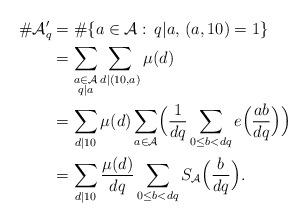
LaTeX: \begin{align*}\#\mathcal{A}'_q&=\#\{a\in\mathcal{A}:\,q|a,\,(a,10)=1\}\\&=\sum_{\substack{a\in\mathcal{A}\\ q|a}}\sum_{d|(10,a)}\mu(d)\\&=\sum_{d|10}\mu(d)\sum_{a\in\mathcal{A}}\Bigl(\frac{1}{d q}\sum_{0\le b<d q}e\Bigl(\frac{a b}{d q}\Bigr)\Bigr)\\&=\sum_{d|10}\frac{\mu(d)}{d q}\sum_{0\le b< d q}S_{\mathcal{A}}\Bigl(\frac{b}{d q}\Bigr).\end{align*}